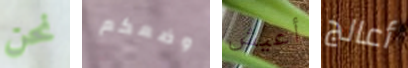
نحن وضعكم أعيش أعالج